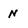
Character: N